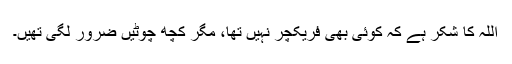
اللہ کا شکر ہے کہ کوئی بھی فریکچر نہیں تھا، مگر کچھ چوٹیں ضرور لگی تھیں۔